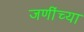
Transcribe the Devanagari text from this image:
जणींच्या